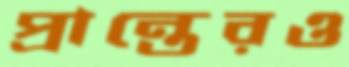
প্রান্তেরও